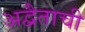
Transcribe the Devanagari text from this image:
अद्वैताची